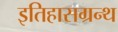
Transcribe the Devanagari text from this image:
इतिहासग्रन्थ